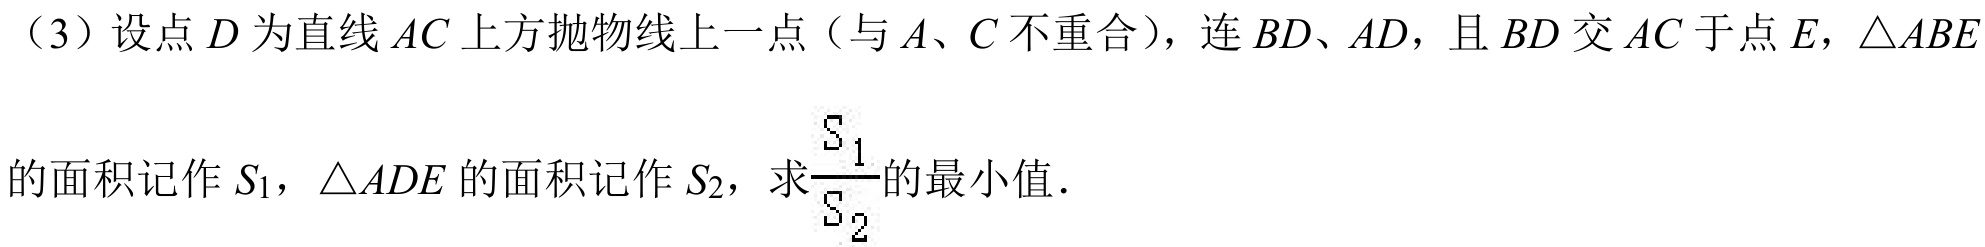
（3）设点\(D\)为直线\(AC\)上方抛物线上一点（与\(A、C\)不重合），连\(BD、AD\)，且\(BD\)交\(AC\)于点\(E\)，\(\triangle ABE\)
的面积记作\(S_{1}\)，\(\triangle ADE\)的面积记作\(S_{2}\)，求\(\frac{S_{1}}{S_{2}}\)的最小值．